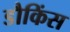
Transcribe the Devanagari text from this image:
डौकिंस